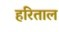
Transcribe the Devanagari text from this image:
हरिताल